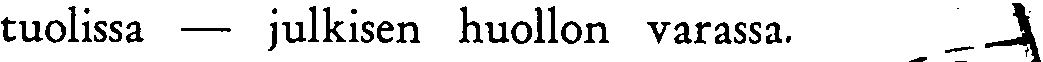
tuolissa — julkisen huollon varassa.